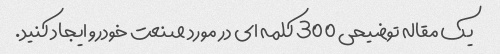
یک مقاله توضیحی 300 کلمه ای در مورد صنعت خودرو ایجاد کنید.